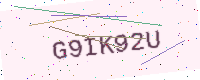
Text: G9IK92U